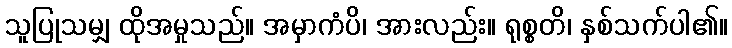
သူပြုသမျှ ထိုအမှုသည်။ အမှာကံပိ၊ အားလည်း။ ရုစ္စတိ၊ နှစ်သက်ပါ၏။